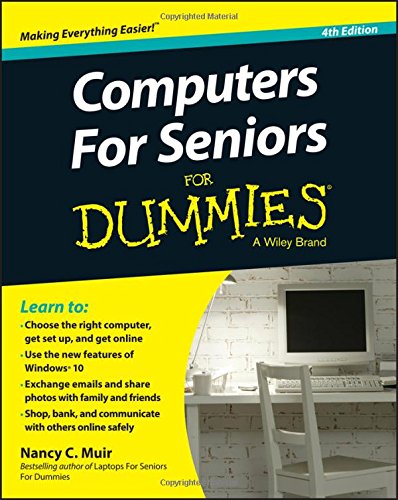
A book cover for Computers For Seniors For Dummies; Nancy C. Muir; Computers & Technology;